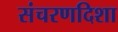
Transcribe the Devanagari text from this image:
संचरणदिशा